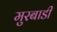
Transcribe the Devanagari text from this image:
मुरबाडी